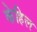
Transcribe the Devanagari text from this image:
केहिल